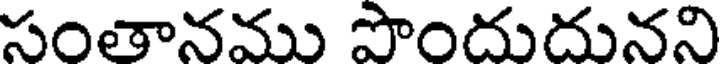
సంతానము పొందుదునని